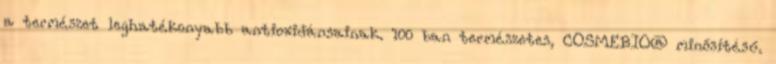
a természet leghatékonyabb antioxidánsainak. 100 ban természetes, COSMEBIO® minősítésű.